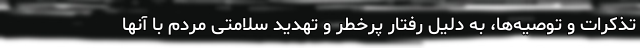
تذکرات و توصیه‌ها، به دلیل رفتار پرخطر و تهدید سلامتی مردم با آنها